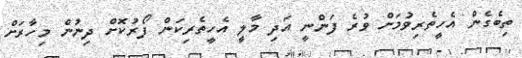
ތިބެގެން އެހީތެރިވުމަށް ވުރެ ފަންނީ އަދި މާލީ އެހީތެރިކަން ފޯރުކޮށް ދިނުން މިހާރަށް